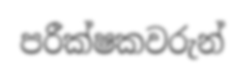
පරීක්ෂකවරුන්